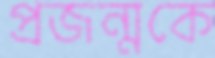
প্রজন্মকে